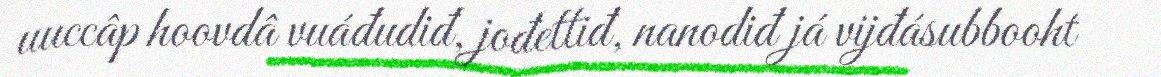
uuccâp hoovdâ vuáđudiđ, jođettiđ, nanodiđ já vijđásubbooht